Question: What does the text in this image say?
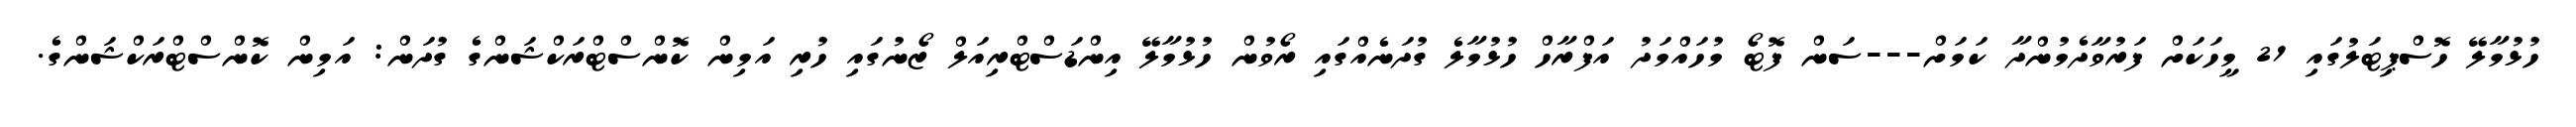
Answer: ހުޅުމާލޭ ހޮސްޕިޓަލުގައި 21 މީހަކަށް ފަރުވާދެމުންދާ ކަމަށް---ސަން ފޮޓޯ މުހައްމަދު އަފްރާހް ހުޅުމާލެ ގުދަނެއްގައި ރޯވުން ހުޅުމާލޭ އިންޑަސްޓްރިއަލް ޒޯނުގައި ހުރި އަމިން ކޮންސްޓްރަކްޝަންގެ ގުދަން: އަމިން ކޮންސްޓްރަކްޝަންގެ.